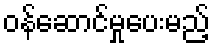
ဝန်ဆောင်မှုပေးမည့်